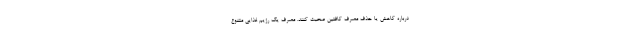
درباره کاهش یا حذف مصرف کافئین صحبت کنند. مصرف یک رژیم غذایی متنوع